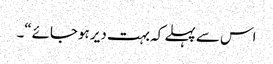
اس سے پہلے کہ بہت دیر ہوجائے“۔